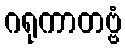
ဂရုကာတဗ္ဗံ